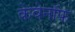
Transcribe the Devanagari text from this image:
केवेनॉफ